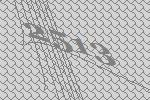
2513